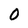
Character: 0